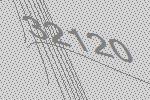
32120